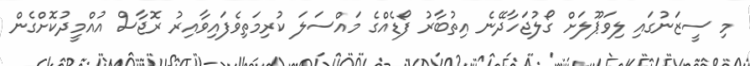
މި ސީޒަނުގައި ލިވަޕޫލަށް ގޯލުޖަހާދޭނެ އިތުބާރު ފޯޑެއްގެ މައްސަލަ ކުރިމަތިވެފައިވާއިރު ރޮޖާސް އުއްމީދުކޮށްގެން